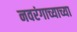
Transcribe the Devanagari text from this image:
नवरंगाच्याच्या